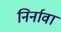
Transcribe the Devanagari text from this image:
निर्नावा